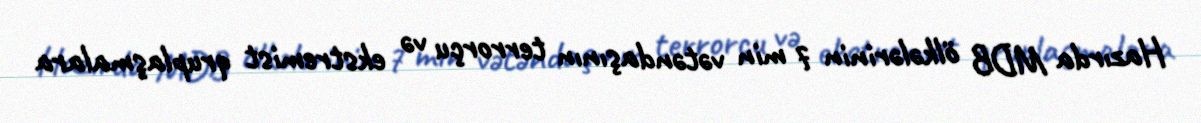
Hazırda MDB ölkələrinin 7 min vətəndaşının terrorçu və ekstremist qruplaşmalara